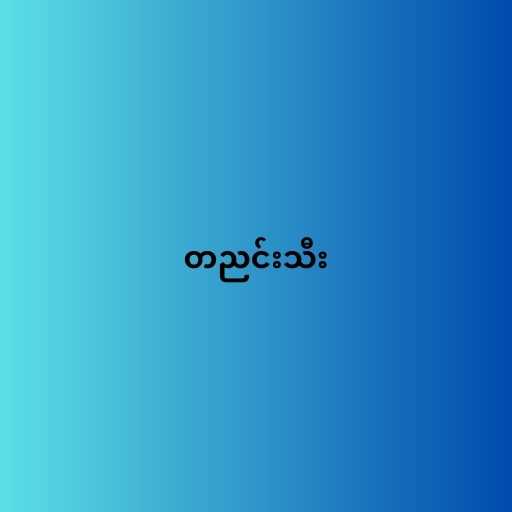
တညင်းသီး